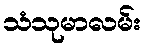
သံသုမာလမ်း